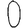
Digit: 0